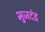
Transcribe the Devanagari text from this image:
भुजदंड